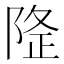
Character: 𨺛